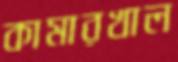
কামারখাল